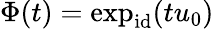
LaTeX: \Phi(t)=\exp_{\mathrm{id}}(tu_{0})